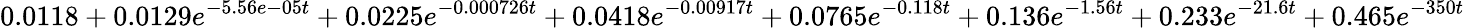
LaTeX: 0.0118+0.0129e^{-5.56e-05t}+0.0225e^{-0.000726t}+0.0418e^{-0.00917t}+0.0765e^{-0.118t}+0.136e^{-1.56t}+0.233e^{-21.6t}+0.465e^{-350t}